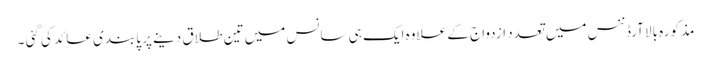
مذکورہ بالا آرڈننس میں تعدد ازدواج کے علاوہ ایک ہی سانس میں تین طلاق دینے پر پابندی عائد کی گئی ۔